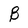
Character: B